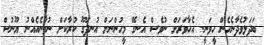
ބަދަލުވެދާނެހެން ހީވަނީ. އެހާވަރަށް ނުވެސް އެނގޭ މީހުންނަށް އުނދަގޫ ކުރާކަށް ނުވާނެއެއްނު ޔޫނުސް